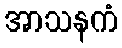
အာသနကံ